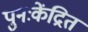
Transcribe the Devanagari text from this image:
पुनःकेंद्रित